Report on sanitation, dispensaries, and jails in Rajputana for 1910, and on vaccination for the year 1910-1911 - 1910-1911
Year: 1910
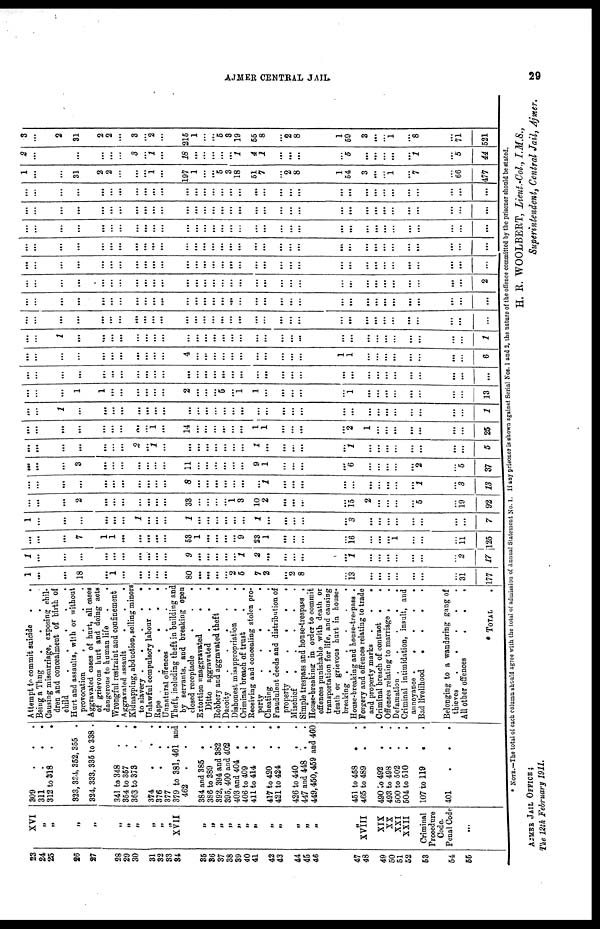
AJMER CENTRAL JAIL.
29
23
24
25
26
27
28
29
30
31
32
33
34
35
36
37
38
39
40
41
42
43
44
45
46
47
48
49
50
51
52
53
54
55
XVI
„
„
„
„
„
„
„
„
„
„
XVII
„
„
„
„
„
„
„
„
„
„
„
„
„
XVIII
XIX
XX
XXI
XXII
Criminal
Procedure
Code.
Penal Code
...
309
...
311
...
312 to 318..
323, 334, 352, 355 .
324, 333, 335 to 338 .
341 to 348..
354 to 357..
363 to 373..
374
.
..
376
...
377. .
379 to 381,461 and
462
.
. .
384 and 385 .
388 to 389..
392, 394 and 382.
395, 400 and 402
403 and 404 .
.
406 to 409 . .
411 to 414 . .
417 to 420 . .
421 to 424 . .
426 to 440 . .
447 and 448 .
449,450,459 and 460
451 to 458 . .
465 to 489 . .
490 to 492..
493 to 498..
500 to 502..
504 to 510..
107 to 119
.
401
...
Attempt to commit suicide .
.
Being a Thug
.
.
.
Causing miscarriage, exposing chil¬
dren and concealment of birth of
child
.....
Hurt and assaults, with or without
provocation
....
Aggravated cases of hurt, all cases
of grievous hurt and doing acts
dangerous to human life
.
.
Wrongful restraint and confinement
Aggravated assault
.
.
.
Kidnapping, abduction, selling minors
to slavery
.....
Unlawful compulsory labour .
.
Rape
...
Unnatural offences...
Theft, including theft in building and
by servants, and breaking open
closed receptacle
.
.
.
Extortion unaggravated
Ditto aggravated .
.
.
Robbery and aggravated theft
.
Dacoity
.
.
Dishonest misappropriation .
.
Criminal breach of trust
Receiving and concealing stolen pro-
perty
.....
Cheating
.
Fraudulent deeds and distribution of
property .
.
.
.
.
Mischief
. . . . .
Simple trespass and house-trespass .
House-breaking in order to commit
offences punishable with death or
transportation for life, and causing
death or grievous hurt in house-
breaking
.....
House-breaking and house-trespass .
Forgery and offences relating to trade
and property marks .
.
.
Criminal breach of contract .
.
Offences relating to marriage .
Defamation
.....
Criminal intimidation, insult, and
annoyance
.....
Bad livelihood
...
Belonging to a wandering gang of
thieves
.
.
. . .
All other offences
.
.
.
* TOTAL
.
1
...
...
18
...
1
...
...
...
...
...
80
...
...
...
...
2
5
7
2
...
2
8
...
13
...
...
...
...
...
...
...
31
177
1
...
...
...
...
...
...
...
...
...
...
9
...
...
...
...
. ..
1
2
...
..
...
...
...
1
...
...
...
...
...
...
...
2
17
...
...
...
7
1
1
...
...
...
. ..
...
53
1
...
...
...
...
9
23
1
...
...
...
...
16
...
...
...
1
...
...
...
11
125
1
...
...
...
...
...
...
1
...
...
...
1
...
...
...
...
...
...
1
...
...
...
...
...
3
...
...
...
...
...
...
...
...
7
...
...
...
2
...
...
...
...
...
...
...
33
...
...
...
...
1
3
10
2
...
...
...
...
15
2
...
...
...
...
5
...
19
92
...
...
...
...
...
...
...
...
. ..
...
...
8
...
...
...
...
. ..
...
...
...
...
...
...
...
...
...
...
...
...
...
1
...
3
13
...
...
...
3
...
...
...
...
...
...
...
11
...
...
...
...
...
...
9
1
...
...
...
...
6
...
...
...
...
...
2
...
5
37
...
...
...
...
...
...
...
2
...
1
...
...
...
...
...
...
...
...
1
...
...
...
...
...
1
...
...
...
...
...
...
...
...
5
...
...
...
...
...
...
...
...
...
1
...
14
...
...
...
...
...
...
1
1
...
...
...
...
2
1
...
...
...
...
...
...
...
25
...
...
1
...
...
...
...
...
...
...
...
...
...
...
...
...
...
...
...
...
...
...
...
...
...
...
...
...
...
...
...
...
...
1
...
...
...
1
1
...
...
...
...
...
...
2
...
...
...
5
...
1
1
...
...
...
...
...
1
...
...
...
...
...
...
...
...
13
...
...
...
...
...
...
...
...
...
...
...
...
...
...
...
...
...
...
...
...
...
...
...
...
...
...
...
...
...
...
...
...
...
...
...
...
...
...
...
...
...
...
...
...
...
4
...
...
...
...
...
...
...
...
...
...
...
1
1
...
...
...
...
...
...
...
...
6
...
...
1
...
...
...
...
...
...
...
...
...
...
...
...
...
...
...
...
...
...
...
...
...
...
...
...
...
...
...
...
...
...
1
...
...
...
...
...
...
...
...
...
...
...
...
...
...
...
...
...
...
...
...
...
...
...
...
...
...
...
...
...
...
...
...
...
...
...
...
...
...
...
...
...
...
...
...
...
...
...
...
...
...
...
...
...
...
...
...
...
...
...
...
...
...
...
...
...
...
...
...
...
...
...
...
...
...
...
...
...
...
...
...
...
...
...
...
...
...
...
...
...
...
...
...
...
...
...
...
...
...
...
...
...
2
...
...
...
...
...
...
. ..
...
...
...
...
...
...
...
...
...
...
...
...
...
...
...
...
...
...
...
...
...
...
...
...
...
...
...
...
...
...
...
...
...
...
...
...
...
...
...
...
...
...
...
...
...
...
...
...
...
...
...
...
...
...
...
...
...
...
...
...
...
...
...
...
...
...
...
...
...
...
...
...
...
...
...
...
...
...
...
...
...
...
...
...
...
...
...
...
...
...
...
...
...
...
...
...
...
...
...
...
...
. ..
...
...
...
...
...
...
...
...
...
...
...
...
...
...
...
...
...
...
...
...
...
...
...
...
...
...
...
...
...
...
...
...
...
...
...
...
...
...
...
...
...
...
...
...
...
...
...
...
...
...
...
...
...
...
...
...
...
...
...
...
...
1
...
...
31
2
2
...
...
...
1
...
197
1
...
...
5
3
18
51
7
...
2
8
1
54
3
...
1
...
7
...
66
477
2
...
...
...
...
...
3
...
1
...
18
...
...
...
...
...
1
4
1
...
...
...
...
5
...
...
...
...
...
1
...
5
44
3
...
2
31
2
2
...
3
...
2
...
215
1
...
...
5
3
19
55
8
...
2
8
1
59
3
...
...
1
...
8
...
71
521
* NOTE.—The total of each column should agree with the total of admission of Annual Statement No. 1. If any prisoner is shown against Serial Nos. 1 and 2, the nature of the offence committed by the prisoner should be stated.
H. R. WOOLBERT, Lieut.-Col, I.M.S.,
Superintendent, Central Jail, Ajmer.
AJMER JAIL OFFICE;
The 12th February 1911.